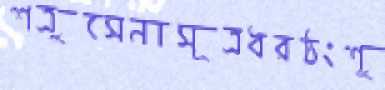
শত্রুসেনাসূত্রধরঠংশু